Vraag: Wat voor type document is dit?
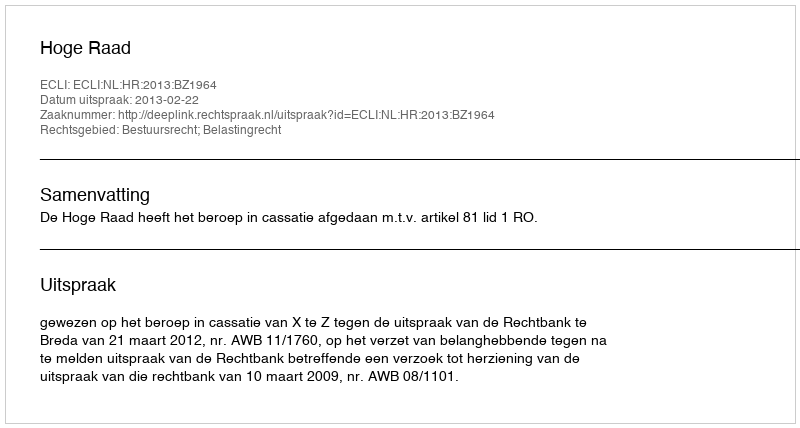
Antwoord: Uitspraak